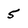
Character: 5